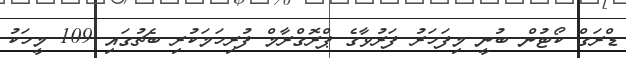
ޑްރަގް ކޯޓުން ބުނީ މިފަހަރު ފަރުވާގެ ޕްރޮގްރާމް ފުރިހަމަކުރި ބެޗުގައި 109 މީހަކު